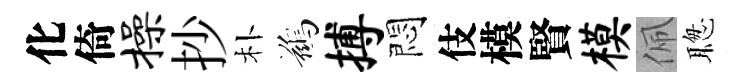
化倚操抄朴鷀搏悶伎模賢模佩聦